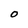
Character: O